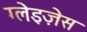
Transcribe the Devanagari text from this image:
ग्लेइज़ेस